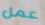
عمل